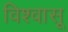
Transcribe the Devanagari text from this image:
विश्‍वासू